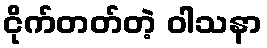
ငိုက်တတ်တဲ့ ဝါသနာ